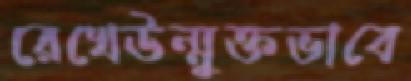
রেখেউন্মুক্তভাবে